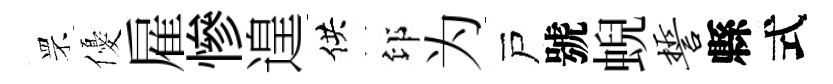
罘優雇慘遑供印为戸號蜺誓縣式